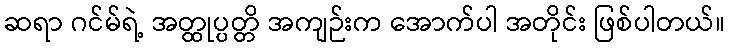
ဆရာ ဂင်မ်ရဲ့ အတ္ထုပ္ပတ္တိ အကျဉ်းက အောက်ပါ အတိုင်း ဖြစ်ပါတယ်။